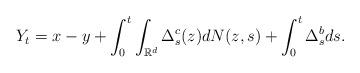
LaTeX: \begin{align*}Y_{t}=x-y+\int_{0}^{t}\int_{\mathbb{R}^{d}}\Delta_{s}^{c}(z)dN(z,s)+\int_{0}^{t}\Delta _{s}^{b}ds.\end{align*}